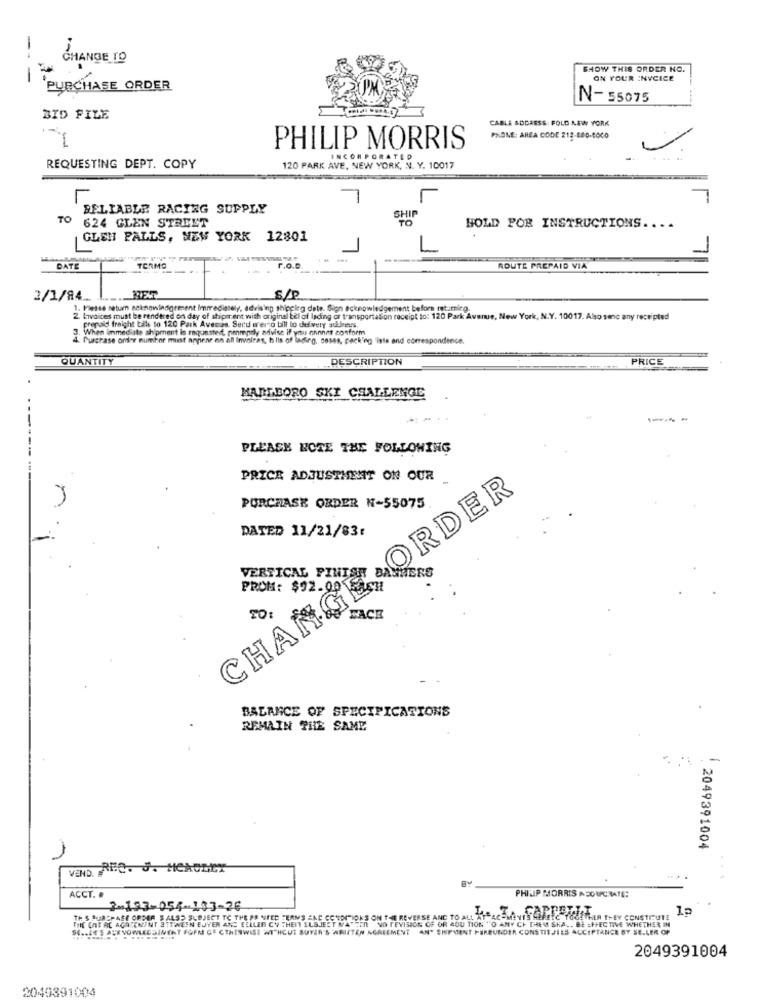
CHANGE 19
SHOW THIS ORDER NO.
---
ON YOUR INVCICE
PURCHASE ORDER
N-55075
BID FILE
CABLE ADDRESS: FOLD NEW YORK
PHONE: AREA CODE 212-880-8000
PHILIP MORRIS
INCORPORATED
REQUESTING DEPT. COPY
120 PARK AVE, NEW YORK, N. Y. 10017
1
BELIABLE RACING SUPPLY
TO 624 GLEN STREET
SHI
HOLD POR INSTRUCTIONS.
GLEN FALLS, NEW YORK 12801
DATE
TERMO
r.o.c.
ROUTE PREPAID VIA
2/1/84 ...
S/P
1. Please return seknowledgement Immediately, advising shipping date. Sign acknowledgement before mutumirg.
2. Invoices must be rendered on day of shipment with original bill of lading or transportation receipt to: 120 Park Avenue, New York, N.Y. 10017. Also senc any receipted
prepaid freight talle to 120 Park Avecas Serd w'er o bill lo delivery suureys.
. When immediate shipment in requested, nempily adivise if you annnot conform
Purchase order number misst appear on all Involras, h Ils of lading, soses, packing liste end correspondence.
QUANTITY
DESCRIPTION
PRICE
MARLBORO SKI CHALLENGE
--
PLEASE NOTE THE FOLLOWING
1
PRICE ADJUSTMENT ON OUR
ORDER
PURCHASE ORDER N-55075
DATED 11/21/83:
VERTICAL FINISH BANNERS
CHANGE
PROM: $92.00
FACE
TO:
BALANCE OF SPECIFICATIONS
REMAIN THE SAME
2049391004
VEND. F.C. J. HCxCELA
ACCT. .
PHILIP MORRIS A SOUPCRATE:
2-193-054-103-26
TH S PURCHASE ORDER S ALSD SUBJECT TO THE PE NEED TERMS AND CONDITIONS ON THE REVERSE ANC TO ALL ATTA
THE CHE AC AGATENANT ATTWWEEN EJYER ANS ELLLER CY THEI ELSJEST MATTER NO REVISION OF OR BOU TION " O ANY CH THEM SHA .. BE EFFECTIVE WHETHER IN
PAC-MANTY HEPETC TOGETHER THEY CONSTRUI!
SE .. AN'S ACKNOWLEDGINGHT FOFM GE CTHISWIST WITHCUT SUYAR'S WRITTEN AGREEMENT .AN' SHIPMENT FERBUNDER CONSTIT JIES ACCEPTANCE BY SE.LER OP
2049391004
2049391004